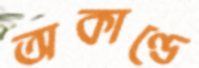
অকাণ্ডে